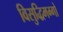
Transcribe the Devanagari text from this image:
विसुद्धिमग्गों